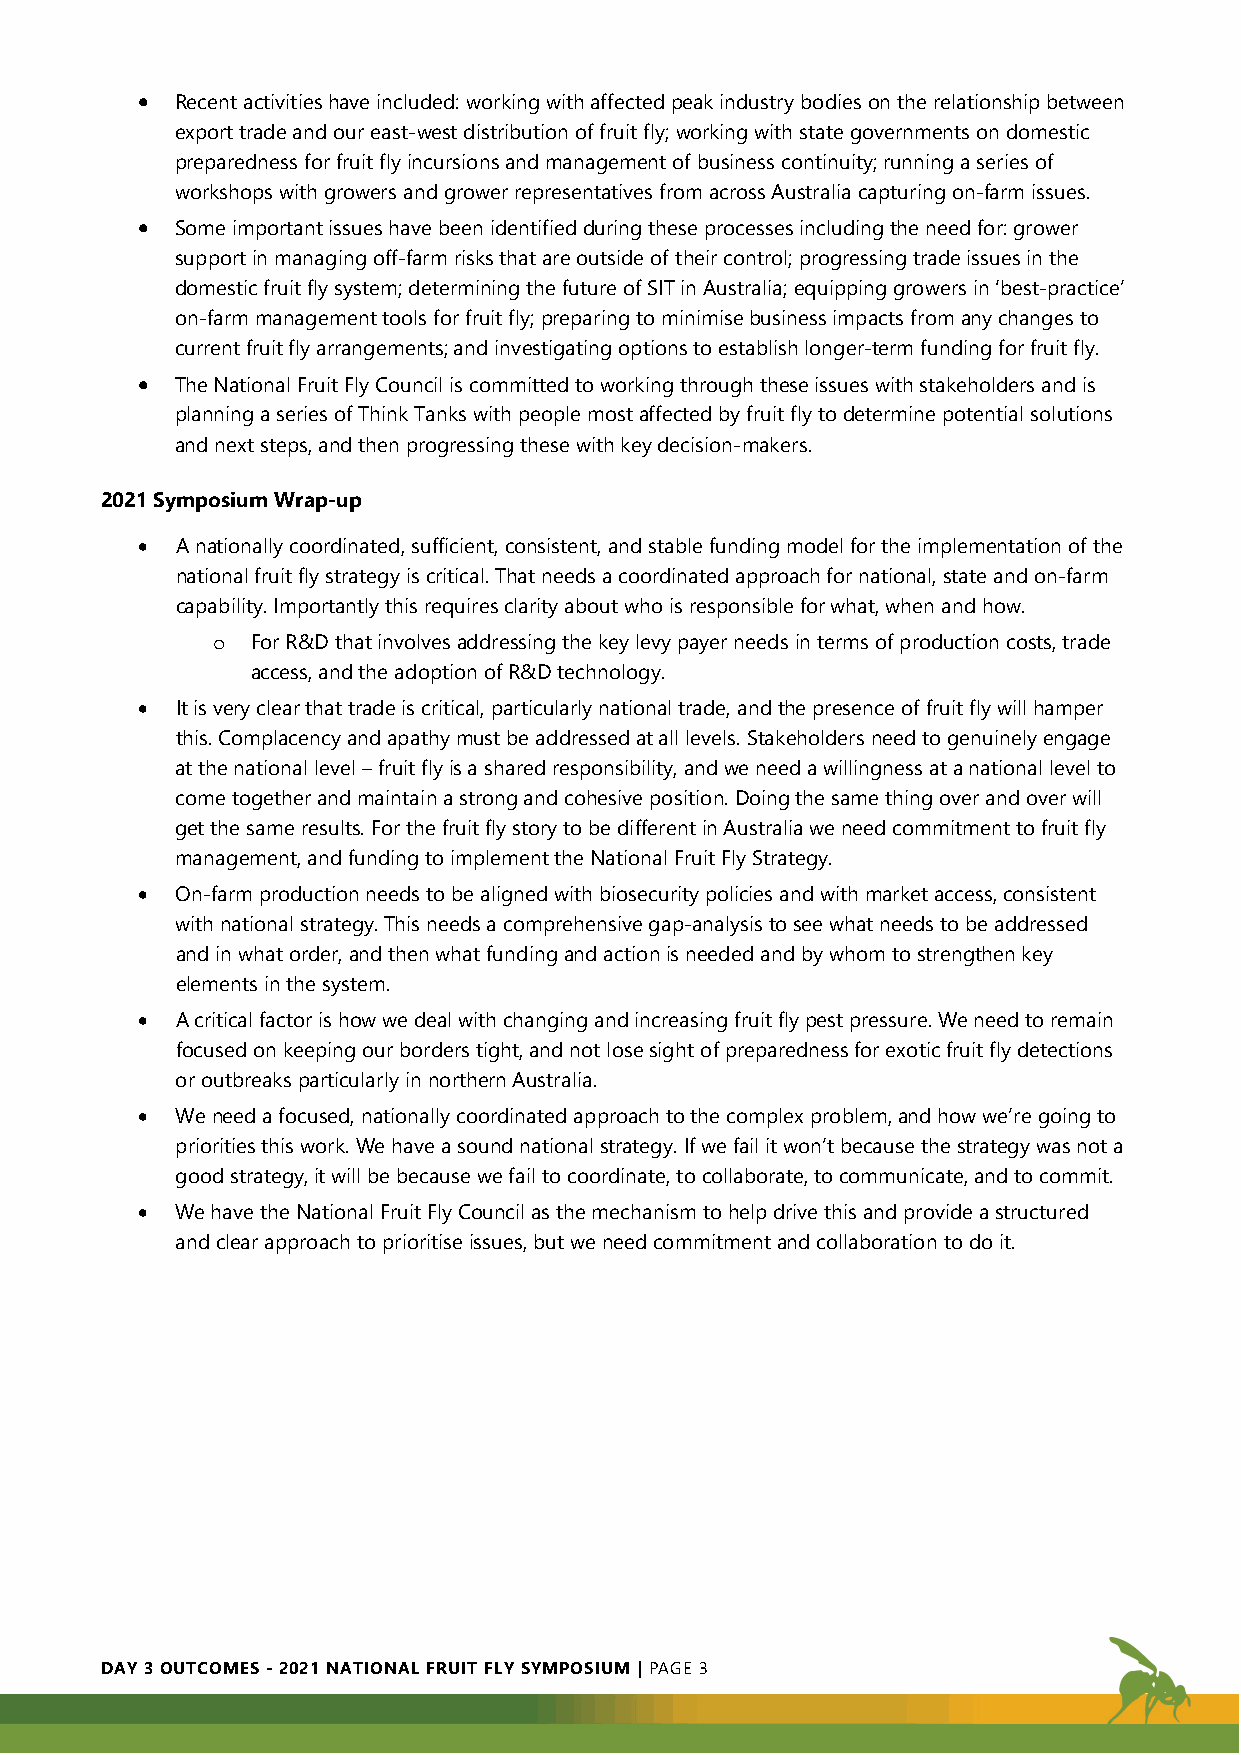
•  Recent activities have included: working with affected peak industry bodies on the relationship between
 export trade and our east-west distribution of fruit fly; working with state governments on domestic
 preparedness for fruit fly incursions and management of business continuity; running a series of
 workshops with growers and grower representatives from across Australia capturing on-farm issues.
 •  Some important issues have been identified during these processes including the need for: grower
 support in managing off-farm risks that are outside of their control; progressing trade issues in the
 domestic fruit fly system; determining the future of SIT in Australia; equipping growers in ‘best-practice’
 on-farm management tools for fruit fly; preparing to minimise business impacts from any changes to
 current fruit fly arrangements; and investigating options to establish longer-term funding for fruit fly.
 •  The National Fruit Fly Council is committed to working through these issues with stakeholders and is
 planning a series of Think Tanks with people most affected by fruit fly to determine potential solutions
 and next steps, and then progressing these with key decision-makers.
 2021 Symposium Wrap-up
 •  A nationally coordinated, sufficient, consistent, and stable funding model for the implementation of the
 national fruit fly strategy is critical. That needs a coordinated approach for national, state and on-farm
 capability. Importantly this requires clarity about who is responsible for what, when and how.
 o  For R&D that involves addressing the key levy payer needs in terms of production costs, trade
 access, and the adoption of R&D technology.
 •  It is very clear that trade is critical, particularly national trade, and the presence of fruit fly will hamper
 this. Complacency and apathy must be addressed at all levels. Stakeholders need to genuinely engage
 at the national level – fruit fly is a shared responsibility, and we need a willingness at a national level to
 come together and maintain a strong and cohesive position. Doing the same thing over and over will
 get the same results. For the fruit fly story to be different in Australia we need commitment to fruit fly
 management, and funding to implement the National Fruit Fly Strategy.
 •  On-farm production needs to be aligned with biosecurity policies and with market access, consistent
 with national strategy. This needs a comprehensive gap-analysis to see what needs to be addressed
 and in what order, and then what funding and action is needed and by whom to strengthen key
 elements in the system.
 •  A critical factor is how we deal with changing and increasing fruit fly pest pressure. We need to remain
 focused on keeping our borders tight, and not lose sight of preparedness for exotic fruit fly detections
 or outbreaks particularly in northern Australia.
 •  We need a focused, nationally coordinated approach to the complex problem, and how we’re going to
 priorities this work. We have a sound national strategy. If we fail it won’t because the strategy was not a
 good strategy, it will be because we fail to coordinate, to collaborate, to communicate, and to commit.
 •  We have the National Fruit Fly Council as the mechanism to help drive this and provide a structured
 and clear approach to prioritise issues, but we need commitment and collaboration to do it.
 DAY 3 OUTCOMES - 2021 NATIONAL FRUIT FLY SYMPOSIUM | PAGE 3